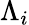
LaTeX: \Lambda_{i}